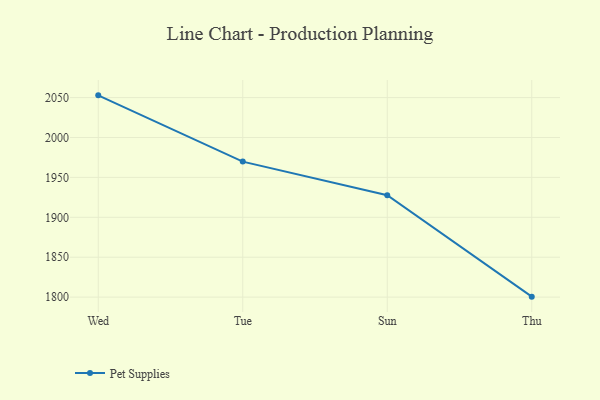
{"axis": {"x": "Day", "y": "Population (Million)"}, "legend": ["Pet Supplies"], "data": [{"x": "Wed", "y": 2052.8, "type": "Pet Supplies"}, {"x": "Tue", "y": 1969.8, "type": "Pet Supplies"}, {"x": "Sun", "y": 1927.7, "type": "Pet Supplies"}, {"x": "Thu", "y": 1800.6, "type": "Pet Supplies"}]}